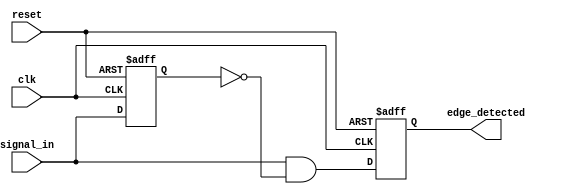
module edge_detector (
    input wire clk,              // Clock signal
    input wire reset,            // Reset signal
    input wire signal_in,        // Input signal to monitor for rising edges
    output reg edge_detected     // Output signal indicating a rising edge
);

// Memory element to store the previous state of the input signal
reg signal_in_prev;

// Edge detection logic
always @(posedge clk or posedge reset) begin
    if (reset) begin
        // Initialize the previous state and output on reset
        signal_in_prev <= 1'b0;
        edge_detected <= 1'b0;
    end else begin
        // Update the edge_detected output
        edge_detected <= (signal_in && !signal_in_prev);
        
        // Update the previous state of the input signal
        signal_in_prev <= signal_in;
    end
end

endmodule